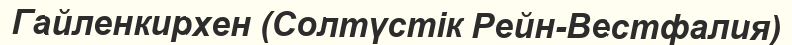
Гайленкирхен (Солтүстік Рейн-Вестфалия)